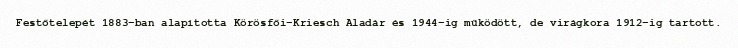
Festőtelepét 1883-ban alapította Körösfői-Kriesch Aladár és 1944-ig működött, de virágkora 1912-ig tartott.